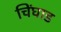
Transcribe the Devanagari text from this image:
चिंघाड